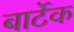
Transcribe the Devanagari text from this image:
बार्टेक